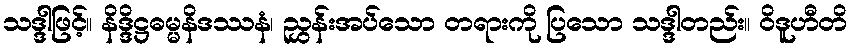
သဒ္ဒါဖြင့်။ နိဒ္ဒိဋ္ဌဓမ္မနိဒဿနံ၊ ညွှန်းအပ်သော တရားကို ပြသော သဒ္ဒါတည်း။ ဝိဒူဟီတိ